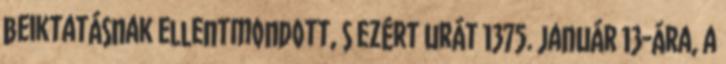
beiktatásnak ellentmondott, s ezért urát 1375. január 13-ára, a